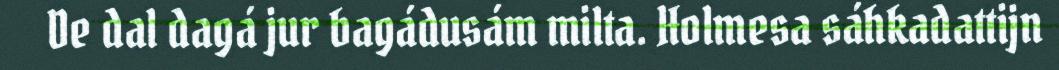
De dal dagá jur bagádusám milta. Holmesa sáhkadattijn